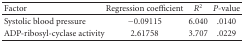
<table><thead><tr><td><b>Factor</b></td><td><b>Regression coefficient</b></td><td><b><i>R</i><sup>2</sup></b></td><td><b><i>P</i>-value</b></td></tr></thead><tbody><tr><td>Systolic blood pressure</td><td>−0.09115</td><td>6.040</td><td>.0140</td></tr><tr><td>ADP-ribosyl-cyclase activity</td><td>2.61758</td><td>3.707</td><td>.0229</td></tr></tbody></table>